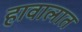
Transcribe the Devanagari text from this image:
हावालात